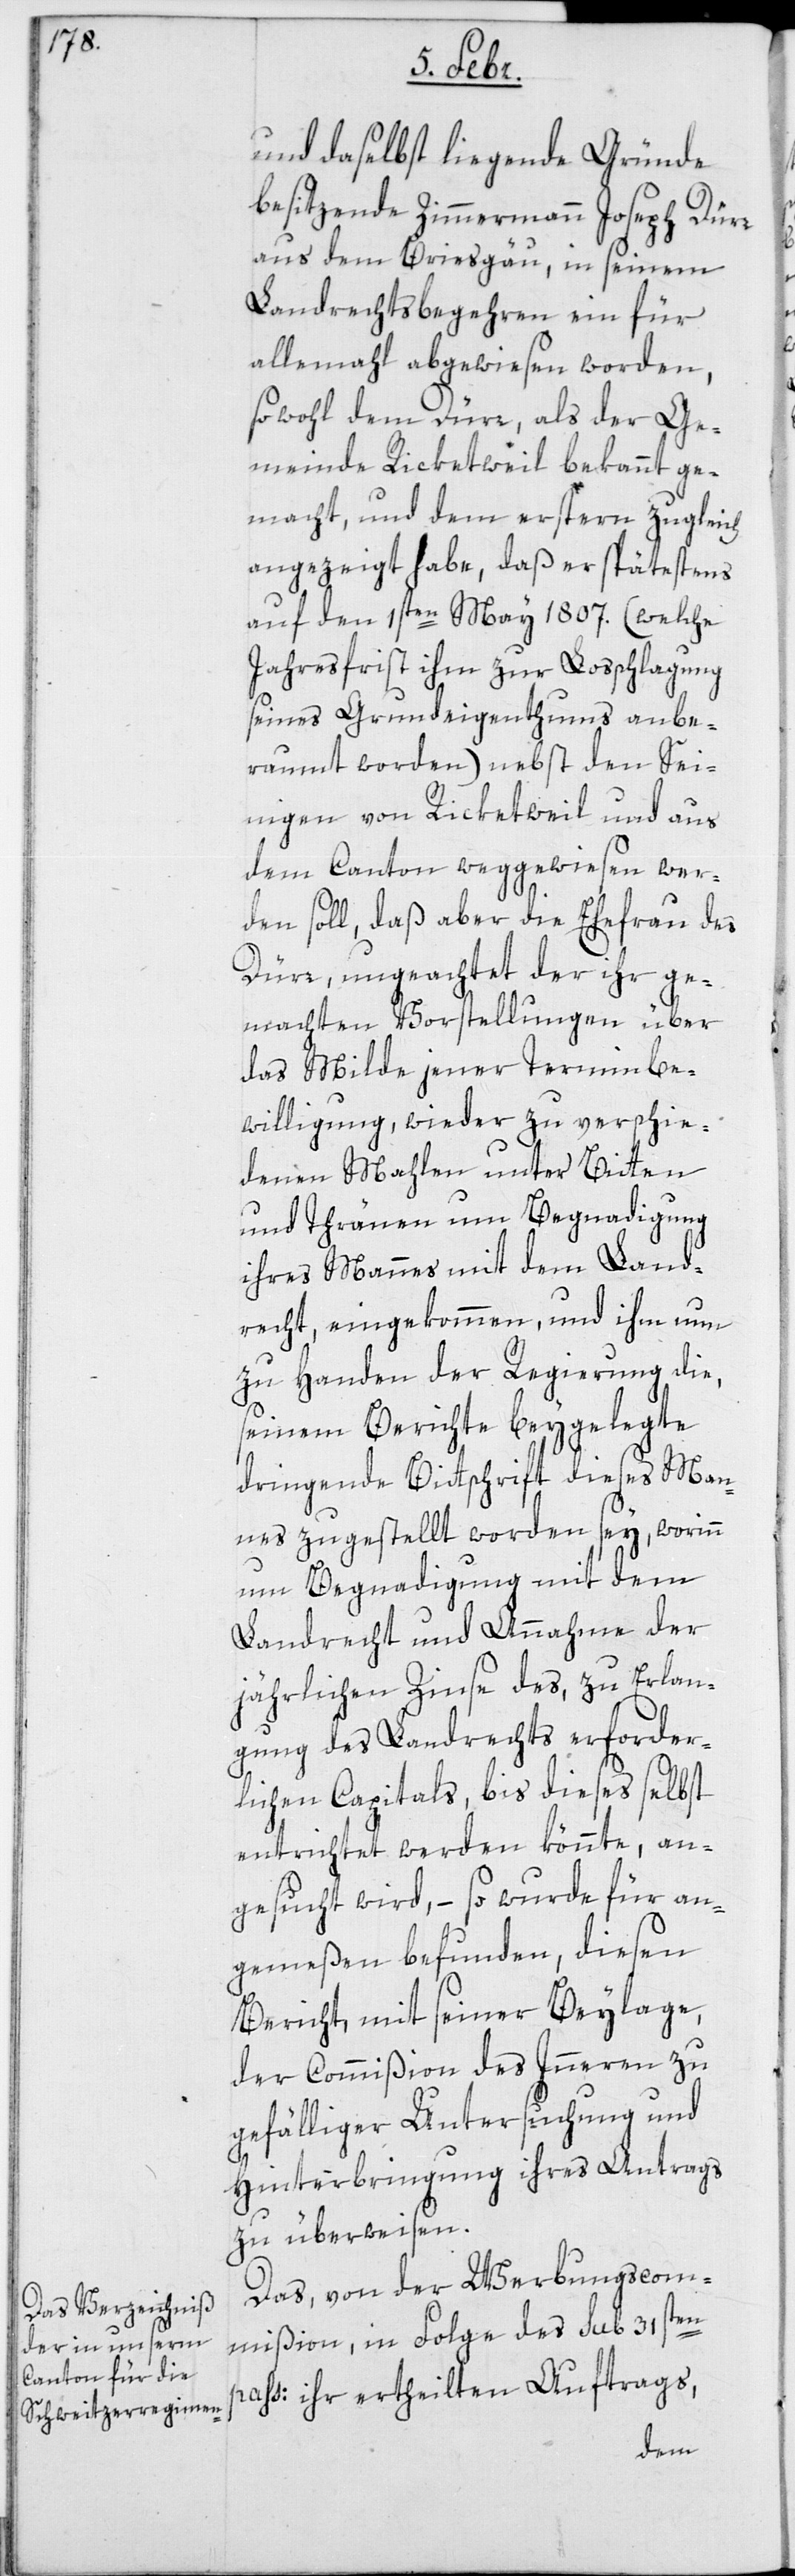
und daselbst liegende Gründe
besitzende Zimmermann Joseph Dürr
aus dem Breisgau, in seinem
Landrechtsbegehren ein für
allemahl abgewiesen worden,
sowohl dem Dürr als der Ge¬
meinde Riketweil bekannt ge¬
macht, und dem erstern zugleich
angezeigt habe, daß er spätestens
auf den 1sten May 1807. (welche
Jahresfrist ihm zur Losschlagung
seines Grundeigenthums anbe¬
raumt worden), nebst den Sei¬
nigen von Riketweil und aus
dem Canton weggewiesen wer¬
den soll, daß aber die Ehefrau des
Dürr, ungeachtet der ihr ge¬
machten Vorstellungen über
das Milde jener Terminbe¬
willigung, wieder zu verschie¬
denen Mahlen unter Bitten
und Tränen um Begnadigung
ihres Mannes mit dem Land¬
recht, eingekommen, und ihm nun
zu Handen der Regierung die,
seinem Berichte beygelegte
dringende Bittschrift dieses Man¬
nes zugestellt worden sei, worinn
um Begnadigung mit dem
Landrecht und Annahme der
jährlichen Zinse des, zu Erlan¬
gung des Landrechts erforder¬
lichen Capitals, bis dieses selbst
entrichtet werden könnte, an¬
gesucht wird, – so wurde für an¬
gemeßen befunden, diesen
Bericht mit seiner Beylage,
der Commißion des Innern zu
gefälliger Untersuchung und
Hinterbringung ihres Antrags
zu überweisen.
Das von der Werbungscom¬
mißion in Folge des sub 31sten
pass: ihr ertheilten Auftrags,